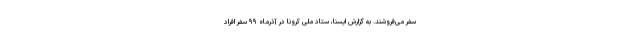
سفر می‌فروشند. به گزارش ایسنا، ستاد ملی کرونا در آذرماه ۹۹ سفر افراد